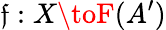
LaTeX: \mathfrak{f}:X\toF(A^{\prime})